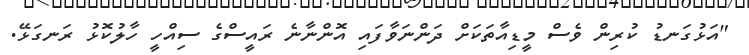
"އަޅުގަނޑު ކުރިން ވެސް މީޑިއާތަކަށް ދަންނަވާފައި އޮންނާނެ ރައީސްގެ ސިއްހީ ހާލުކޮޅު ރަނގަޅޭ.